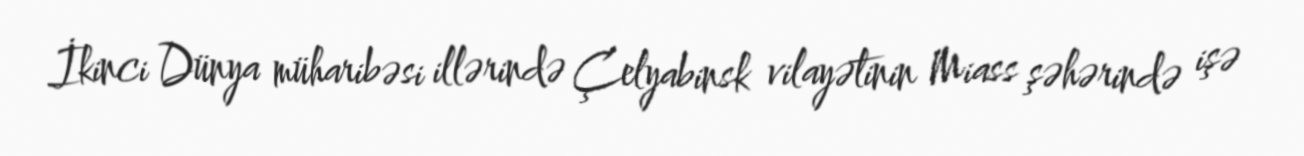
İkinci Dünya müharibəsi illərində Çelyabinsk vilayətinin Miass şəhərində işə